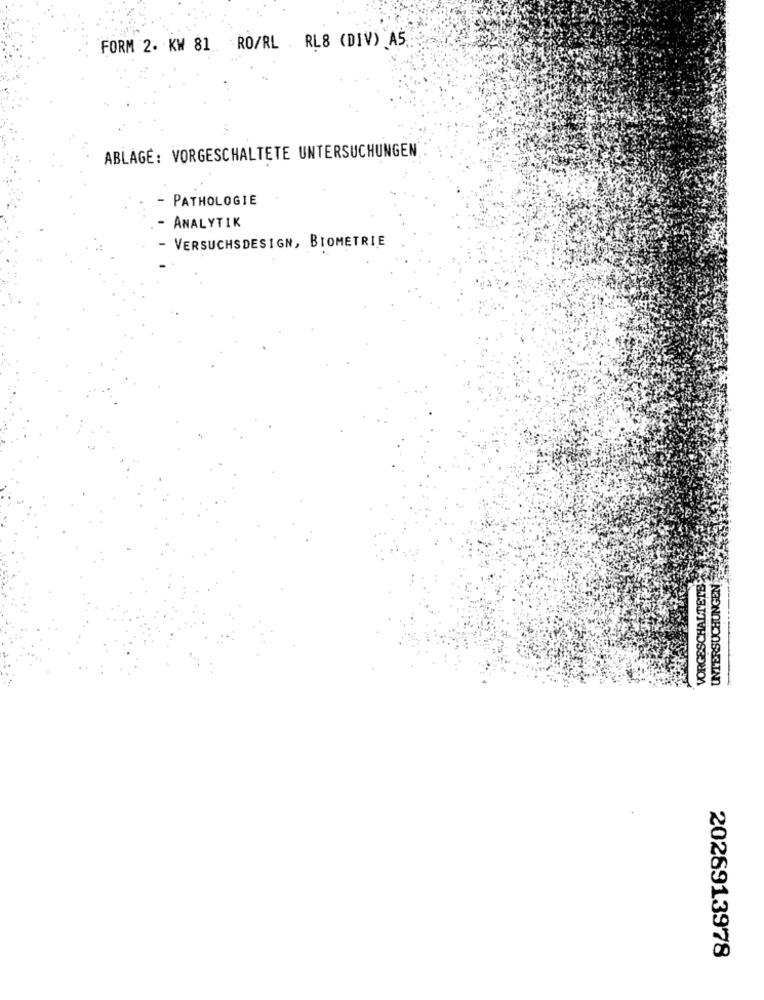
FORM 2. KW 81 RO/RL . RL8 (DIV) A5.
ABLAGE: VORGESCHALTETE UNTERSUCHUNGEN
- PATHOLOGIE
- ANALYTIK
- VERSUCHSDESIGN, BIOMETRIE
VORGESCHALTETES
UNTERSUCHUNGEN
2026913978